Vaccination United Provinces of Agra and Oudh 1914-1922 - 1914-1922
Year: 1914
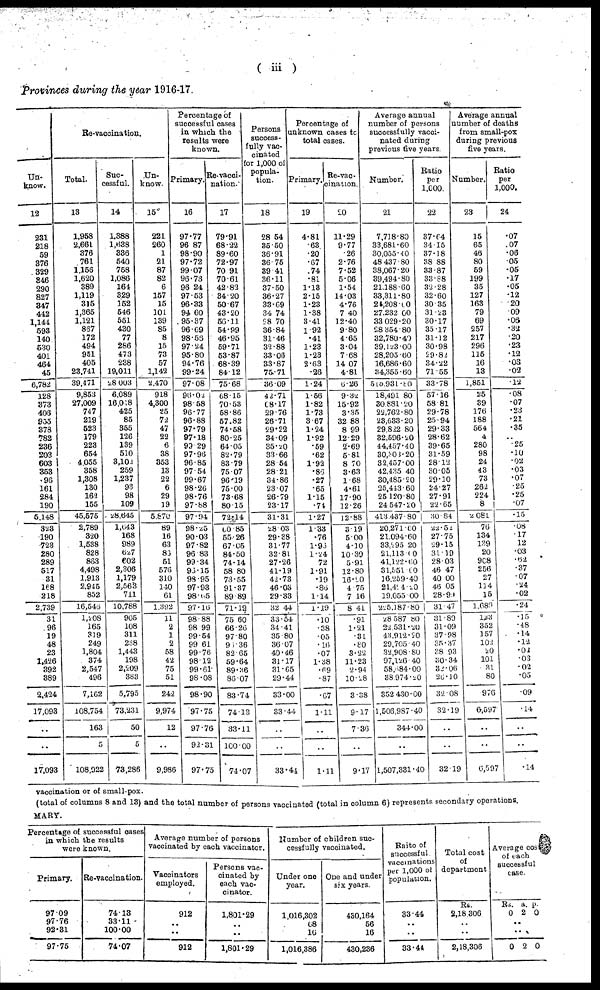
( iii )
Provinces during the year 1916-17.
Un¬
know.
12
231
218
59
376
329
346
290
827
347
442
1,144
593
140
530
401
464
45
6,782
128
373
406
955
378
782
236
203
603
353
98
161
284
190
5,148
323
190
723
280
289
517
31
168
218
2,739
31
96
19
48
23
1,426
392
389
2,424
17,093
..
..
17,093
Re-vaccination.
Total.
13
1,958
2,661
376
761
1,156
1,620
389
1,119
315
1,365
1,121
867
172
494
951
405
23,741
39,471
9,853
27,009
747
219
523
179
223
654
4,055
358
1,308
130
162
155
45,575
2,789
320
1,538
828
863
4,498
1,913
2,945
852
16,545
1,208
165
319
249
1,804
374
2,547
496
7,162
108,754
163
5
108,922
Suc-
cessful.
14
1,388
1,638
336
540
758
1,086
164
329
152
546
551
430
77
286
473
238
19,011
28,003
6,089
16,018
425
85
355
126
139
510
3,102
259
1,237
93
98
109
28,645
1,643
168
989
627
602
2,306
1,179
2,563
711
10,788
905
108
311
238
1,443
198
2,209
383
5,795
73,231
50
5
73,286
Un¬
know.
15
221
260
1
21
87
82
6
157
15
101
139
85
8
15
73
57
1,142
2,470
918
4,300
25
72
47
22
6
38
353
13
22
6
29
19
5,870
89
16
63
83
51
576
310
140
61
1,392
11
2
1
2
58
42
75
51
242
9,974
12
..
9,986
Percentage of
successful cases
in which the
results were
known.
Primary.
16
97.77
96.87
98.90
97.72
99.07
96.73
96.24
97.53
96.33
94.60
95.37
96.69
98.56
97.24
95.80
94.76
99.24
97.08
96.02
98.58
96.77
96.88
97.79
97.18
99.29
97.96
96.85
97.54
99.67
98.26
98.76
97.88
97.94
98.25
90.03
97.82
96.83
99.34
96.15
98.95
97.93
98.65
97.16
98.88
98.99
99.54
99.61
99.76
98.12
99.61
98.08
98.90
97.75
97.76
92.31
97.75
Re-vacci-
nation.
17
79.91
68.22
89.60
72.97
70.91
70.61
42.82
34.20
50.67
43.20
56.11
54.99
46.95
59.71
53.87
68.39
84.12
75.68
68.15
70.53
58.86
57.82
74.58
80.25
64.05
82.79
83.79
75.07
96.19
75.00
73.68
80.15
72.14
60.85
55.26
67.05
84.50
74.14
58.80
73.55
91.37
89.89
71.19
75.60
66.26
97.80
96.36
82.65
59.64
89.36
86.07
83.74
74.18
33.11
100.00
74.07
Persons
success-
fully vac-
cinated
for 1,000 of
popula-
tion.
18
28.54
35.50
36.91
36.75
39.41
36.11
37.50
36.27
33.69
34.74
28.70
36.84
31.46
32.88
33.06
33.87
75.71
36.09
42.71
68.17
29.76
26.71
29.22
34.09
35.20
33.66
28.54
28.21
34.86
23.07
26.79
23.17
31.31
28.03
29.38
31.77
32.81
27.26
41.19
42.73
46.03
29.33
32.44
33.54
34.41
35.80
36.07
40.46
31.17
31.65
29.44
33.00
33.44
..
..
33.44
Percentage of
unknown cases to
total cases.
Primary.
19
4.81
.63
.20
.67
.74
.81
1.13
2.15
1.23
1.38
3.41
1.92
.41
1.23
1.23
2.63
.26
1.24
1.56
1.82
1.73
3.67
1.24
1.92
.59
.62
1.92
.86
.27
.65
1.15
.74
1.27
1.33
.76
1.96
1.24
.72
1.91
.19
.86
1.14
1.19
.10
.38
.05
.16
.07
1.38
.69
.87
.67
1.11
..
..
1.11
Re-vac¬
ination.
20
11.29
9.77
.26
2.76
7.52
5.06
1.54
14.03
4.76
7.40
12.40
9.80
4.65
3.04
7.68
14.07
4.81
6.26
9.32
15.92
3.35
32.88
8.99
12.29
2.69
5.81
8.70
3.63
1.68
4.61
17.90
12.26
12.88
3.19
5.00
4.10
10.39
5.91
12.80
16.20
4.75
7.16
8.41
.91
1.21
.31
.80
3.22
11.23
2.94
10.28
3.38
9.17
7.36
..
9.17
Average annual
number of persons
successfully vacci¬
nated during
previous five years.
Number.
21
7,718.80
33,681.60
30,055.40
48,437.80
38,067.20
39,494.80
21,188.60
33,311.80
24,208.00
27,232.00
33,029.20
28,354.80
32,780.40
39,123.00
28,205.60
16,686.60
34,355.60
515,931.80
18,491.80
30,881.20
22,762.80
23,633.20
29,822.80
32,596.20
44,457.40
30,303.20
32,457.00
42,435.40
30,485.20
25,443.60
25,120.80
24,547.20
413,437.80
20,271.60
21,094.60
33,295.20
21,113.00
41,122.60
31,551.60
16,259.40
21,494.20
19,055.00
225,187.80
28,587,80
22,531.20
43,912.20
29,705.40
32,908.80
97,126.40
58,584.00
38,974.20
352,430.00
1,506,987.40
344.00
..
1,507,331.40
Ratio
per
1,000.
22
37.64
34.15
37.18
38.88
33.87
33.88
32.28
32.60
30.35
31.23
30.17
35.17
31.12
30.98
29.82
34.22
71.55
33.78
57.16
58.81
29.78
25.94
29.33
28.62
39.65
31.59
28.12
30.05
29.10
24.27
27.91
22.65
30.84
22.52
27.75
29.15
31.19
28.03
46.47
40.00
46.05
28.99
31.47
31.89
31.09
37.98
35.37
38.93
30.34
32.06
26.10
32.08
32.19
..
..
32.19
Average annual
number of deaths
from small-pox
during previous
five years.
Number.
23
15
65
46
80
59
199
35
127
163
79
69
257
217
296
115
16
13
1,851
25
39
176
188
564
4
280
98
24
43
73
262
224
8
2,081
70
134
139
20
908
256
27
114
15
1,689
133
352
157
102
20
101
31
80
976
6,597
..
..
6,597
Ratio
per
1,000.
24
.07
.07
.06
.05
.05
.17
.05
.12
.20
.09
.06
.32
.20
.23
.12
.03
.02
.12
.08
.07
.23
.21
.35
..
.25
.10
.02
.03
.07
.25
.25
.07
.15
.08
.17
.12
.03
.62
.37
.07
.24
.02
.24
.15
.48
.14
.12
.02
.03
.02
.05
.09
.14
..
..
.14
vaccination or of small-pox.
(total of columns 8 and 13) and the total number of persons vaccinated (total in column 6) represents secondary operations.
MARY.
Percentage of successful cases
in which the results
were known.
Primary.
97.09
97.76
92.31
97.75
Re-vaccination.
74.13
33.11
100.00
74.07
Average number of persons
vaccinated by each vaccinator.
Vaccinators
employed.
912
..
..
912
Persons vac-
cinated by
each vac-
cinator.
1,801.29
..
..
1,801.29
Number of children suc-
cessfully vaccinated.
Under one
year.
1,016,302
68
16
1,016,386
One and under
six years.
430,164
56
16
430,236
Raito of
successful
vaccinations
per 1,000 of
population.
33.44
..
..
33.44
Total cost
of
department
Rs.
2,18,306
..
..
2,18,306
Average cost
of each
successful
case.
Rs.
0
a.
2
p.
0
..
..
0 2 0